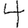
Digit: 4